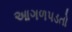
આગળપડતો